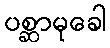
ပစ္ဆာမုခေါ